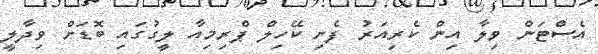
އެސްޓަން ވިލާ އިން ކެރިއަރު ފެށި ކޭހިލް ޕްރިމިއާ ލީގުގައި ބޮޑަށް ވިދާލީ